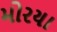
મોરયા